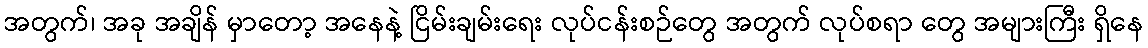
အတွက်၊ အခု အချိန် မှာတော့ အနေနဲ့ ငြိမ်းချမ်းရေး လုပ်ငန်းစဉ်တွေ အတွက် လုပ်စရာ တွေ အများကြီး ရှိနေ